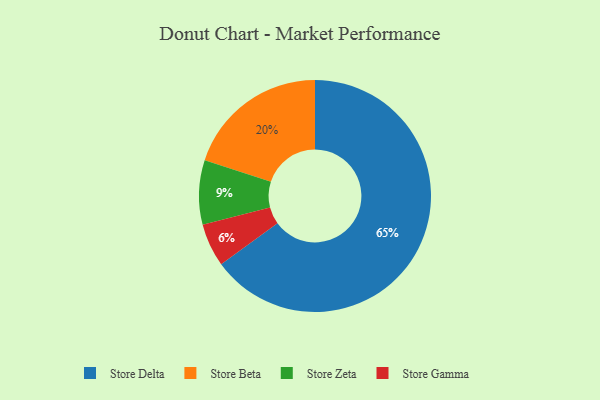
{"axis": {"x": "Category", "y": "Percentage"}, "legend": ["Store Beta", "Store Delta", "Store Gamma", "Store Zeta"], "data": [{"x": "Store Zeta", "y": 9, "type": "Store Zeta"}, {"x": "Store Beta", "y": 20, "type": "Store Beta"}, {"x": "Store Delta", "y": 65, "type": "Store Delta"}, {"x": "Store Gamma", "y": 6, "type": "Store Gamma"}]}